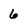
Character: 6